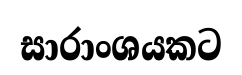
සාරාංශයකට